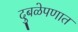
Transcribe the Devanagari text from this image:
दुबळेपणात